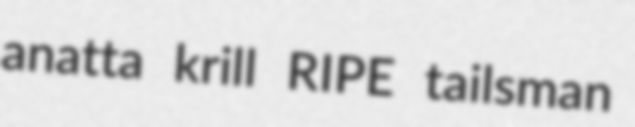
anatta krill RIPE tailsman